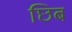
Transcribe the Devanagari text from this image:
छिब